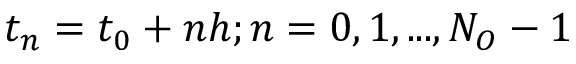
t _ { n } = t _ { 0 } + n h ; n = 0 , 1 , . . . , N _ { O } - 1